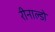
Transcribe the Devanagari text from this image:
रीनाल्डो